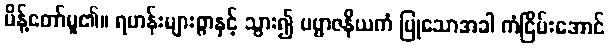
မိန့်တော်မူ၏။ ရဟန်းများစွာနှင့် သွား၍ ပဗ္ဗာဇနိယကံ ပြုသောအခါ ကံငြိမ်းအောင်